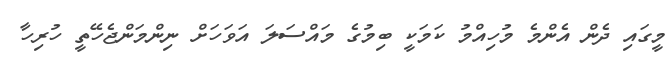
މީގައި ދެން އެންމެ މުހިއްމު ކަމަކީ ބިމުގެ މައްސަލަ އަވަހަށް ނިންމަންޖެހޭތީ ހުރިހާ